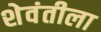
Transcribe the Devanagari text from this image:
शेवंतीला